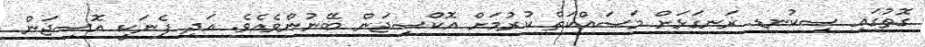
ގޮތުގައި ސިކުނޑި ރަނގަޅަށް މަސައްކަތް ކުރުމަށް އޮކްސިޖަން ބޭނުންވެއެވެ. އަދި ފެނަކީ އޮސިޖަން